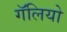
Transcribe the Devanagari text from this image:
गॅलियो